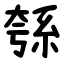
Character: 綔